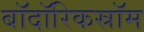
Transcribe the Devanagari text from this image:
बॉदॉरिकस्रॉम